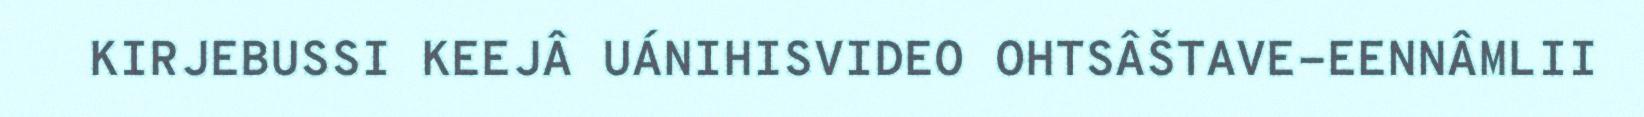
KIRJEBUSSI KEEJÂ UÁNIHISVIDEO OHTSÂŠTAVE-EENNÂMLII